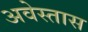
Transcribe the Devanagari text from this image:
अवेस्तास